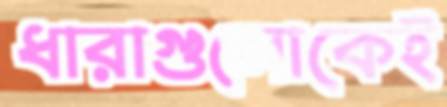
ধারাগুলোকেই